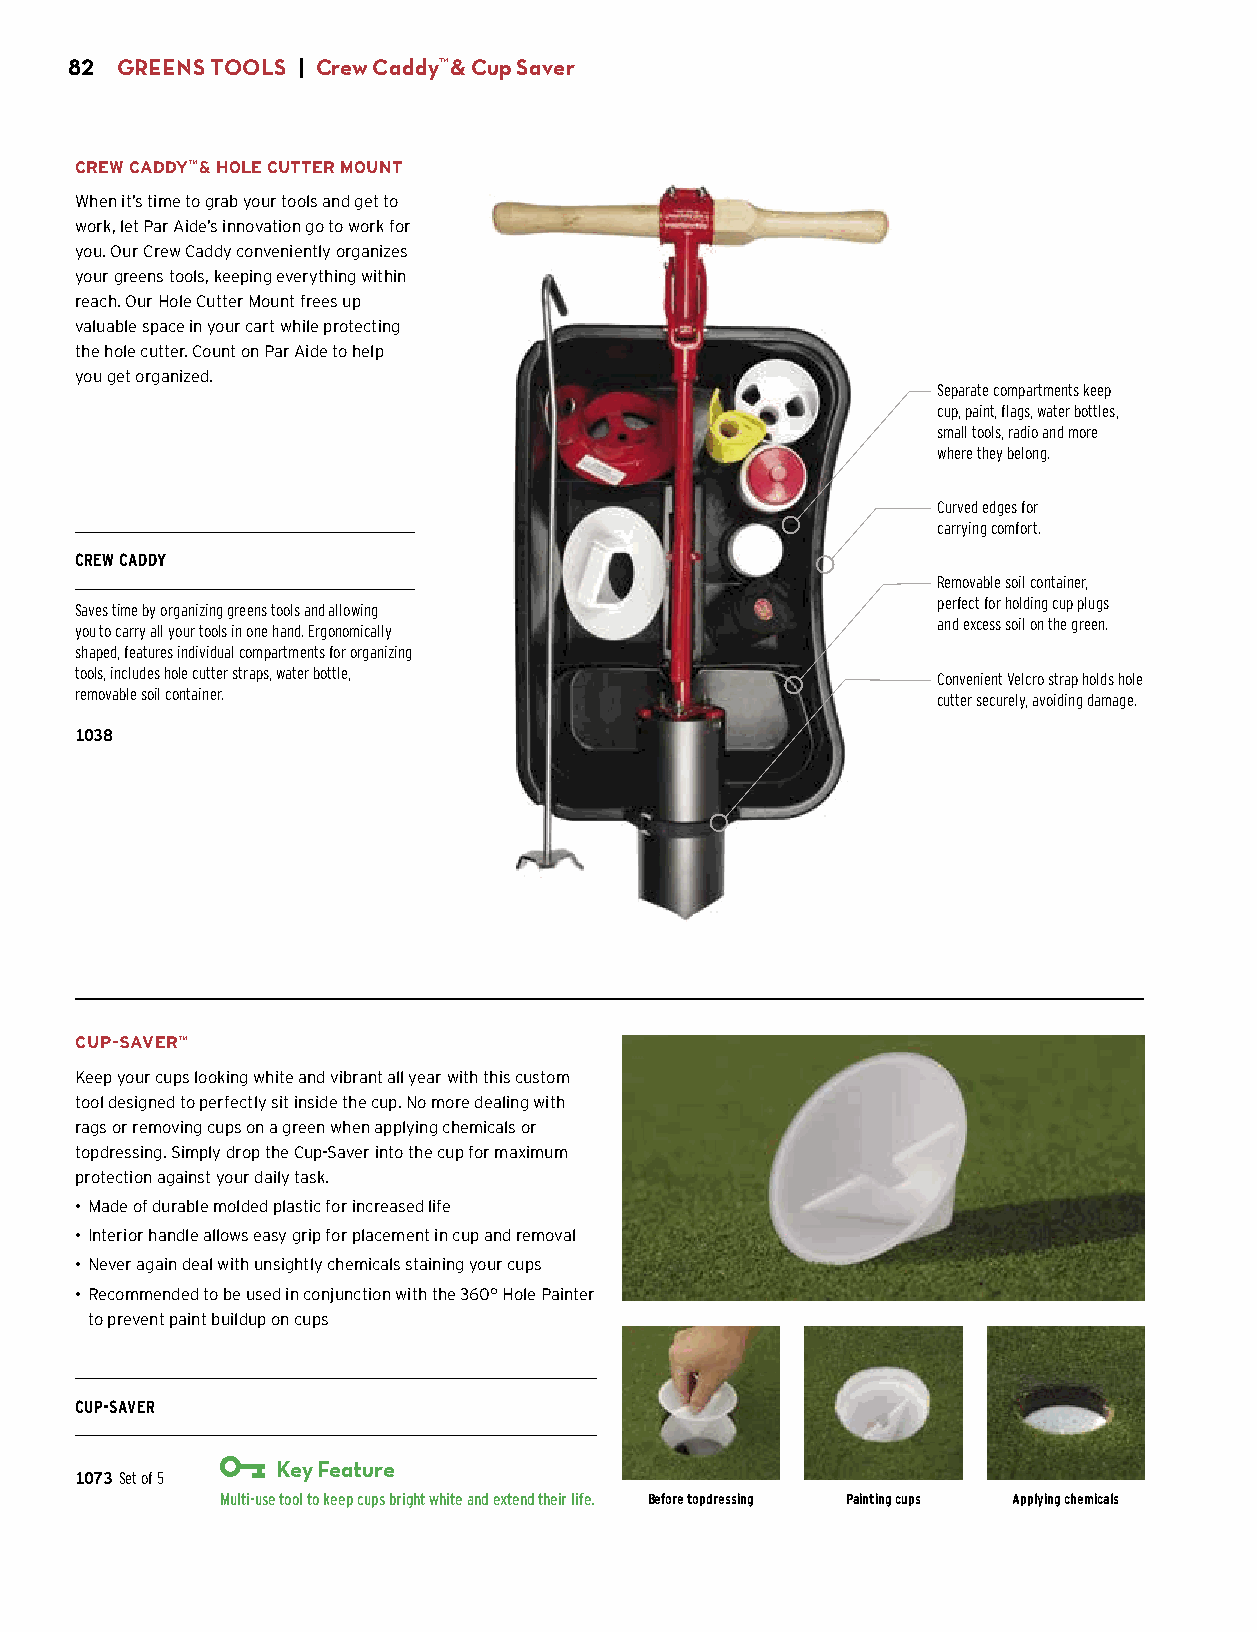
82  GREENS TOOLS | Crew Caddy™ & Cup Saver
 CREW CADDY™ & HOLE CUTTER MOUNT
 When it’s time to grab your tools and get to
 work, let Par Aide’s innovation go to work for
 you. Our Crew Caddy conveniently organizes
 your greens tools, keeping everything within
 reach. Our Hole Cutter Mount frees up
 valuable space in your cart while protecting
 the hole cutter. Count on Par Aide to help
 you get organized.
 Separate compartments keep
 cup, paint, flags, water bottles,
 small tools, radio and more
 where they belong.
 Curved edges for
 carrying comfort.
 CREW CADDY
 Removable soil container,
 perfect for holding cup plugs
 Saves time by organizing greens tools and allowing
 and excess soil on the green.
 you to carry all your tools in one hand. Ergonomically
 shaped, features individual compartments for organizing
 tools, includes hole cutter straps, water bottle,        Convenient Velcro strap holds hole
 removable soil container.                                cutter securely, avoiding damage.
 1038
 $99.50
 CUP-SAVER™
 Keep your cups looking white and vibrant all year with this custom
 tool designed to perfectly sit inside the cup. No more dealing with
 rags or removing cups on a green when applying chemicals or
 topdressing. Simply drop the Cup-Saver into the cup for maximum
 protection against your daily task.
 • Made of durable molded plastic for increased life
 • Interior handle allows easy grip for placement in cup and removal
 • Never again deal with unsightly chemicals staining your cups
 • Recommended to be used in conjunction with the 360° Hole Painter
 to prevent paint buildup on cups
 CUP-SAVER
 Key Feature
 1073 Set of 5
 $65.00    Multi-use tool to keep cups bright white and extend their life. Before topdressing Painting cups Applying chemicals